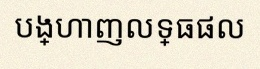
បង្ហាញលទ្ធផល